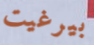
بيرغيت